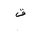
Letter: _qaf